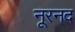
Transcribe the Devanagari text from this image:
नूरनद